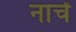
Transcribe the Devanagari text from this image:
नाचें